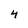
Character: 4